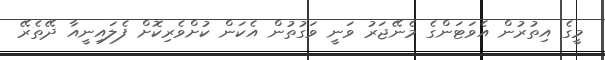
މީގެ އިތުރުން އެވަޓަންގެ މެނޭޖަރު ވަނީ ވަގުތުން އެކަން ކުށްވެރިކޮށް ފެލައިނީއާ ދޭތެރޭ